Civil Veterinary Department Bihar & Orissa reports 1929-36 - 1929-1936
Year: 1929
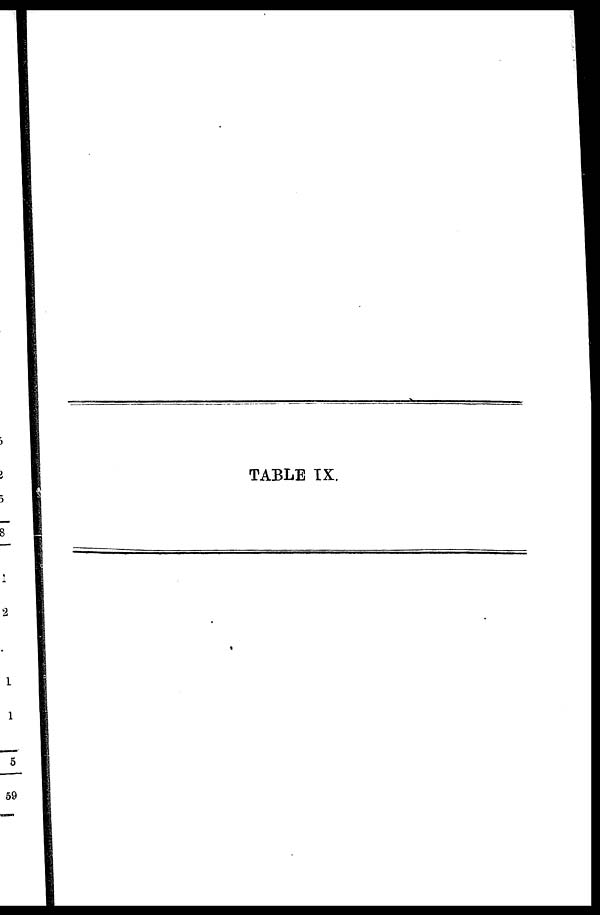
TABLE IX.